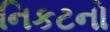
નિકટનો